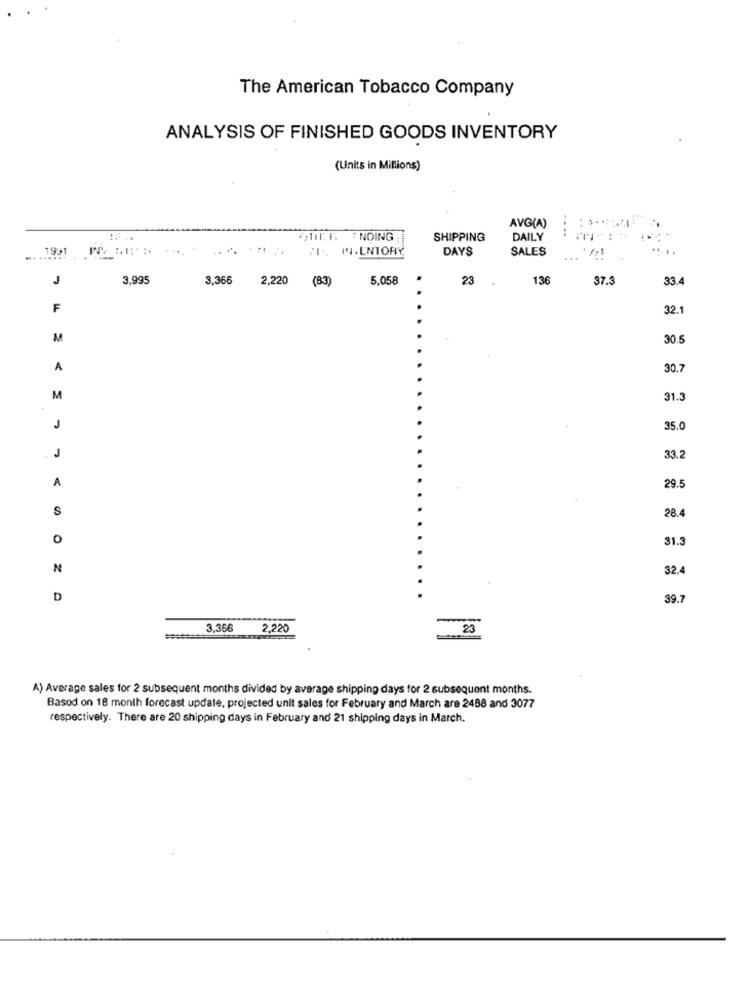
The American Tobacco Company
ANALYSIS OF FINISHED GOODS INVENTORY
(Units in Millions)
AVG(A)
til A : NOING ;
SHIPPING
DAILY
1931
... . ENTORY
DAYS
SALES
J
3,995
3,366
2,220 (B3)
5,058
23
136
37.3
33.4
F
32.1
M
30.5
A
30.7
M
31.3
J
35.0
J
33.2
A
29.5
S
0
31.
N
32.4
D
39.7
3,366
2,220
23
A) Average sales for 2 subsequent months divided by average shipping days for 2 subsequent months.
Based on 18 month forecast update, projected unit sales for February and March are 2488 and 3077
respectively. There are 20 shipping days in February and 21 shipping days in March.